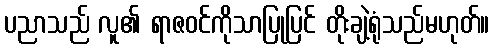
ပညာသည် လူ၏ ရာဇဝင်ကိုသာပြုပြင် တိုးချဲ့ရုံသည်မဟုတ်။